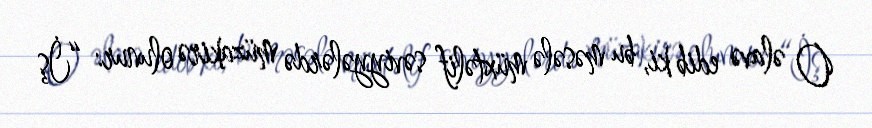
O əlavə edib ki, bu məsələ müxtəlif səviyyələrdə müzakirə olunur: “İş